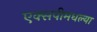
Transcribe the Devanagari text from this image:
एक्सपीमधल्या